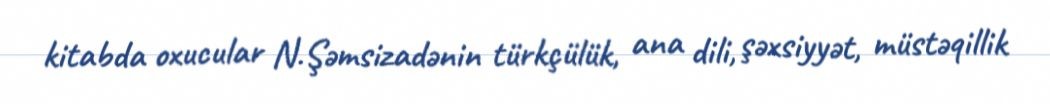
kitabda oxucular N.Şəmsizadənin türkçülük, ana dili, şəxsiyyət, müstəqillik